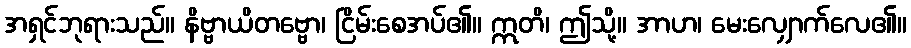
အရှင်ဘုရားသည်။ နိဗ္ဗာယိတဗ္ဗော၊ ငြိမ်းစေအပ်၏။ ဣတိ၊ ဤသို့။ အာဟ၊ မေးလျှောက်လေ၏။